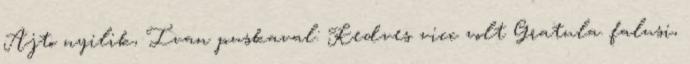
Ajto nyilik, Ivan puskaval: Kedves vicc volt Gratula. falusi,